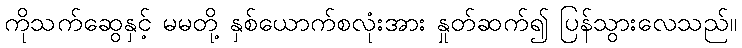
ကိုသက်ဆွေနှင့် မမတို့ နှစ်ယောက်စလုံးအား နှုတ်ဆက်၍ ပြန်သွားလေသည်။